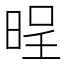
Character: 𣇒